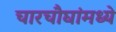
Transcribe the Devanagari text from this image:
चारचौघांमध्ये